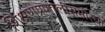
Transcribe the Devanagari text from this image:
शिक्षणप्रणालीसमोरचा